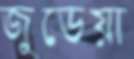
জুডেয়া